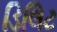
ડિલિટ